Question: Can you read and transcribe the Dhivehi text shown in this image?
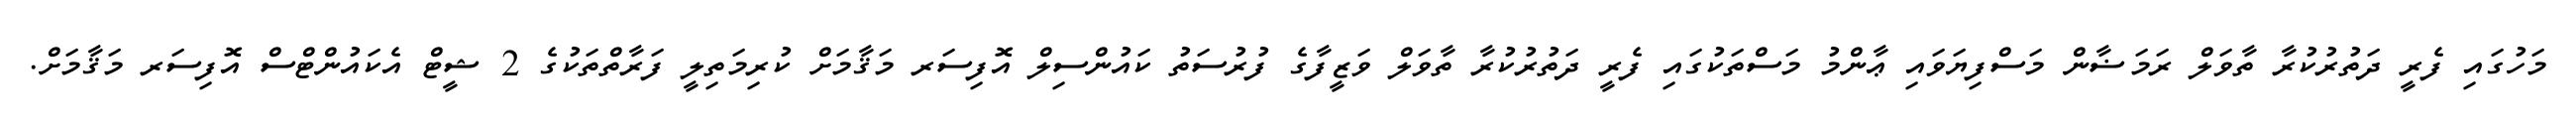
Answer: މަހުގައި ފެރީ ދަތުރުކުރާ ތާވަލް ރަމަޟާން މަސްފިޔަވައި ޢާންމު މަސްތަކުގައި ފެރީ ދަތުރުކުރާ ތާވަލް ވަޒީފާގެ ފުރުސަތު ކައުންސިލް އޮފިސަރ މަޤާމަށް ކުރިމަތިލީ ފަރާތްތަކުގެ 2 ޝީޓް އެކައުންޓްސް އޮފިސަރ މަޤާމަށް.